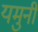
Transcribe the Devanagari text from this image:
यमुनी